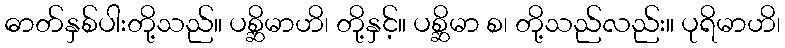
ဓာတ်နှစ်ပါးတို့သည်။ ပစ္ဆိမာဟိ၊ တို့နှင့်။ ပစ္ဆိမာ စ၊ တို့သည်လည်း။ ပုရိမာဟိ၊